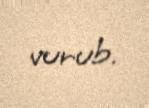
vurub.